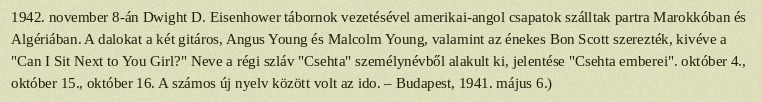
1942. november 8-án Dwight D. Eisenhower tábornok vezetésével amerikai-angol csapatok szálltak partra Marokkóban és Algériában. A dalokat a két gitáros, Angus Young és Malcolm Young, valamint az énekes Bon Scott szerezték, kivéve a "Can I Sit Next to You Girl?" Neve a régi szláv "Csehta" személynévből alakult ki, jelentése "Csehta emberei". október 4., október 15., október 16. A számos új nyelv között volt az ido. – Budapest, 1941. május 6.)